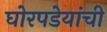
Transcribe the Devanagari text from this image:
घोरपडेयांची